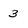
Character: 3